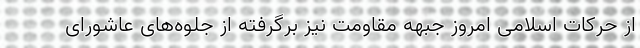
از حرکات اسلامی امروز جبهه مقاومت نیز برگرفته از جلوه‌های عاشورای